Annual vaccination report of Bihar and Orissa - 1911-1928
Year: 1911
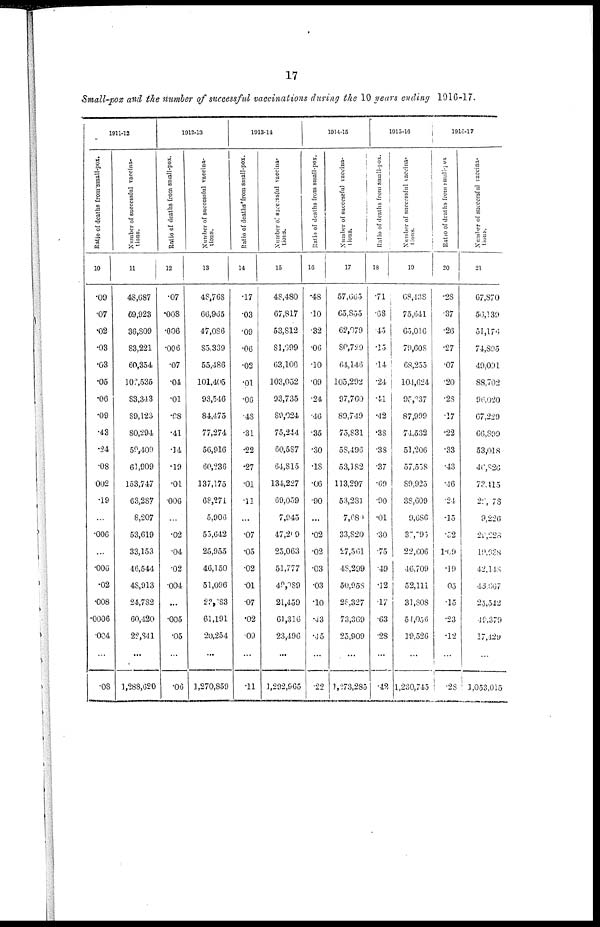
17
Small-pox and the number of successful vaccinations during the 10 years ending 1916-17.
1911-12
Ratio of deaths from small-pox.
10
.09
.07
.02
.03
.03
.05
.06
.09
.43
.24
.08
002
.19
...
.006
...
.006
.02
.008
.0006
.004
...
.08
Number of successful vaccina-
tions.
11
43,687
69,923
36,809
83,221
60,354
100,535
83,343
89,123
80,294
59,409
61,909
153,747
63,287
8,207
53,619
33,153
46,544
48,913
24,782
60,420
22,841
...
1,288,620
1912-13
Ratio of deaths from small-pox.
12
.07
.008
.006
.006
.07
.04
.01
.08
.41
.14
.19
.01
.006
...
.02
.04
.02
.004
...
.005
.05
...
.06
Number of successful vaccina-
tions.
13
48,768
66,965
47,086
85,339
55,486
101,405
93,546
84,475
77,274
56,916
60,236
137,175
68,271
5,906
55,642
25,955
46,150
51,096
23,083
61,191
20,254
...
1,270,859
1913-14
Ratio of deaths from small-pox.
14
.17
.03
.09
.06
.02
.01
.06
.48
.31
.22
.27
.01
.11
...
.07
.05
.02
.01
.07
.02
.09
...
.11
Number of successful vaccina-
tions.
15
48,480
67,817
53,812
81,699
63,100
103,052
93,735
80,024
75,244
60,587
64,815
134,227
69,059
7,945
47,209
25,063
51,777
49,089
21,459
61,316
23,496
...
1,292,965
1914-15
Ratio of deaths from small-pox.
16
.48
.10
.32
.06
.10
.09
.24
.40
.35
.30
.18
.06
.90
...
.02
.02
.03
.03
.10
.43
.45
...
.22
Number of successful vaccina-
tions.
17
57,665
65,855
62,079
80,739
64,146
105,292
97,760
89,749
75,831
58,496
53,182
113,297
53,281
7,680
33,820
27,561
48,299
50,958
28,327
73,369
25,909
...
1,273,285
1915-16
Ratio of deaths from small-pox.
18
.71
.68
.45
.15
.14
.24
.41
.42
.38
.38
.37
.69
.90
.01
.30
.75
.49
.12
.17
.63
.28
...
.42
Number of successful vaccina-
tions.
19
68,438
75,641
65,016
79,608
68,255
104,624
95,237
87,999
71,532
51,206
57,558
89,925
38,609
9,686
35,095
22,606
46,709
52,111
31,808
54,056
19,526
...
1,230,745
1916-17
Ratio of deaths from small-pox
20
.28
.37
.26
.27
.07
.20
.28
.17
.22
.33
.43
.46
.24
.15
.52
1.09
.19
05
.15
.23
.12
...
.28
Number of successful vaccina-
tions.
21
67,870
56,139
51,176
74,895
49,091
88,702
36,020
67,229
66,899
53,018
40,826
73,415
28,078
9,226
29,228
19,928
42,148
43,607
25,542
49,379
17,429
...
3,053,015